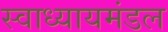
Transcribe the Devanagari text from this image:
स्वाध्यायमंडल